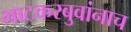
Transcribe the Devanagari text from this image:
भाटकरबुवांनाच